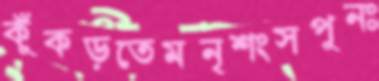
কুঁকড়তেমনৃশংসপুনঃ